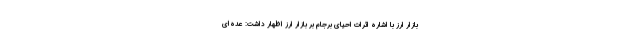
بازار ارز با اشاره اثرات احیای برجام بر بازار ارز اظهار داشت: عده‌ای